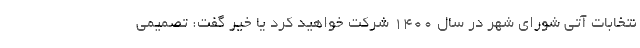
نتخابات آتی شورای شهر در سال ۱۴۰۰ شرکت خواهید کرد یا خیر گفت: تصمیمی